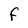
Character: F